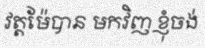
វត្តម៉ែបាន មកវិញ ខ្ញុំចង់